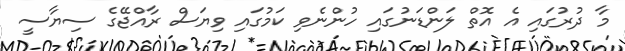
މާ ދުރުގައި އެ އޮތް ލަންޑަނުގައި ހުންނެވި ކަމުގައި ވިޔަސް ރާއްޖޭގެ ސިޔާސީ